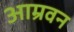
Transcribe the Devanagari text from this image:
आम्रवन